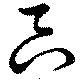
只